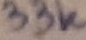
Text: 33K